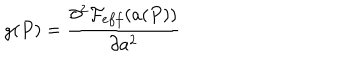
g ( P ) = \frac { \partial ^ { 2 } { \cal F } _ { e f f } ( a ( P ) ) } { \partial a ^ { 2 } }